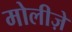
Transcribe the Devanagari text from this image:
मोलीज़े